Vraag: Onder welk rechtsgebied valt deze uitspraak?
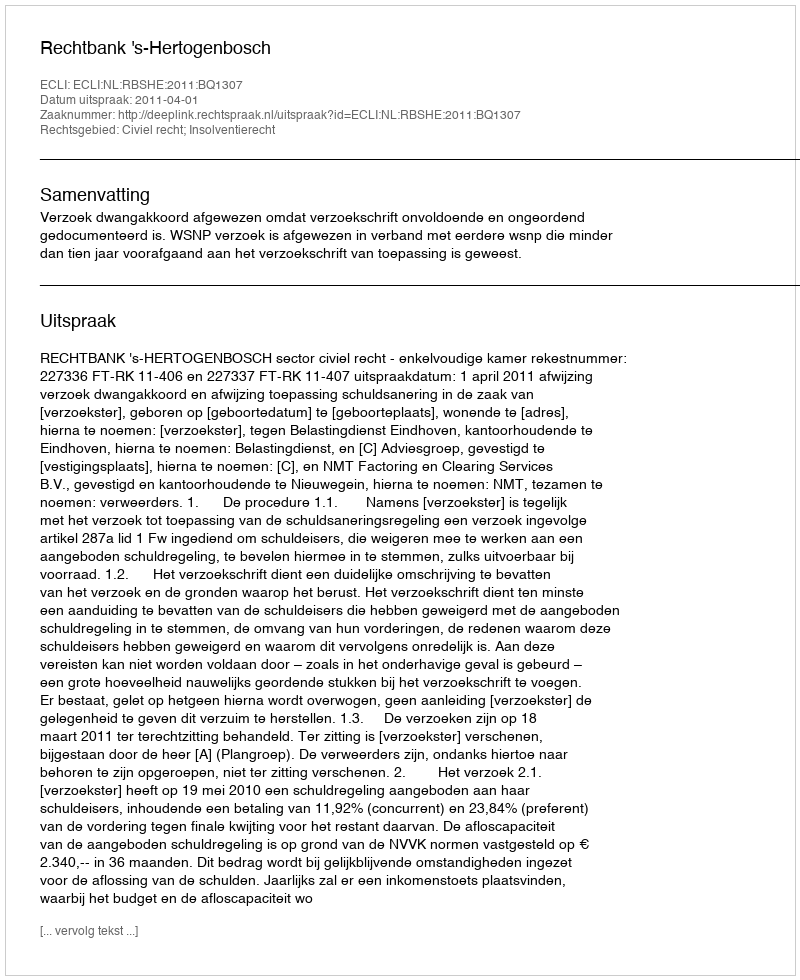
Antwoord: Civiel recht; Insolventierecht